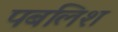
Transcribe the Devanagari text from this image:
पबलिश